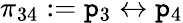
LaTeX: \pi_{34}:=\mathtt{p}_{3}\leftrightarrow\mathtt{p}_{4}